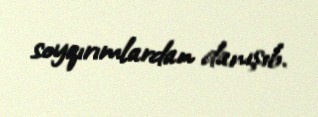
soyqırımlardan danışıb.